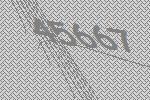
45667